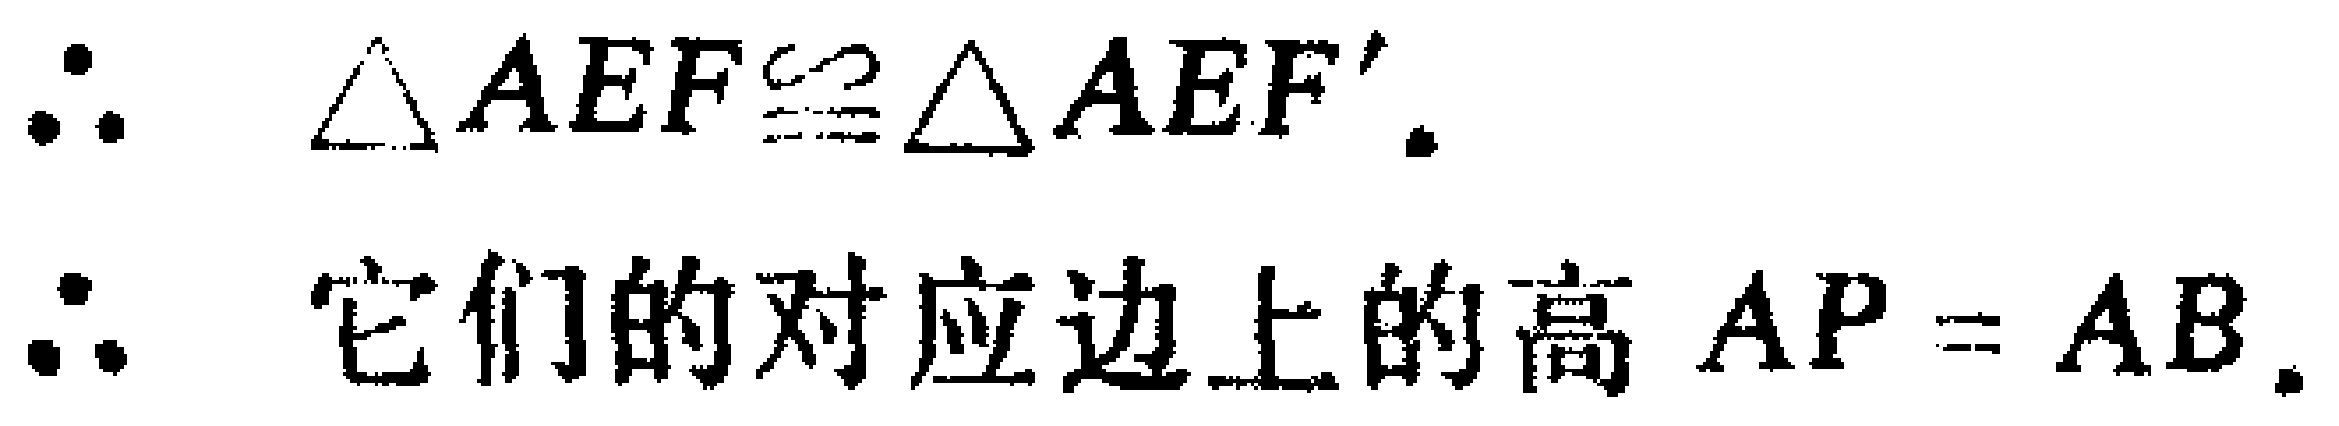
\(\therefore \triangle AEF\cong \triangle AEF'.\)

\(\therefore\) 它们的对应边上的高 \(AP = AB.\)